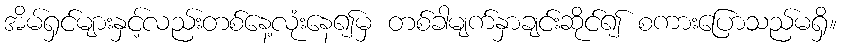
အိမ်ရှင်များနှင့်လည်းတစ်နေ့လုံးနေ၍မှ တစ်ခါမျက်နှာချင်းဆိုင်၍ စကားပြောသည်မရှိ။